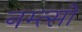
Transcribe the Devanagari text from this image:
नम्त्सो